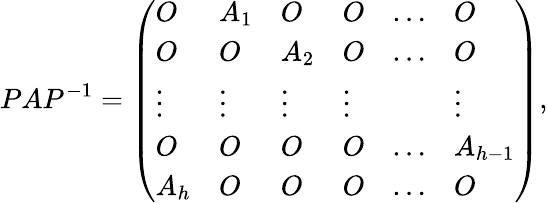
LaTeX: PAP^{-1}={\left(\begin{array}{llllll}{O}&{A_{1}}&{O}&{O}&{\ldots}&{O}\\ {O}&{O}&{A_{2}}&{O}&{\ldots}&{O}\\ {\vdots}&{\vdots}&{\vdots}&{\vdots}&&{\vdots}\\ {O}&{O}&{O}&{O}&{\ldots}&{A_{h-1}}\\ {A_{h}}&{O}&{O}&{O}&{\ldots}&{O}\end{array}\right)},